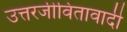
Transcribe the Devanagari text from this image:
उत्तरजीवितावादी